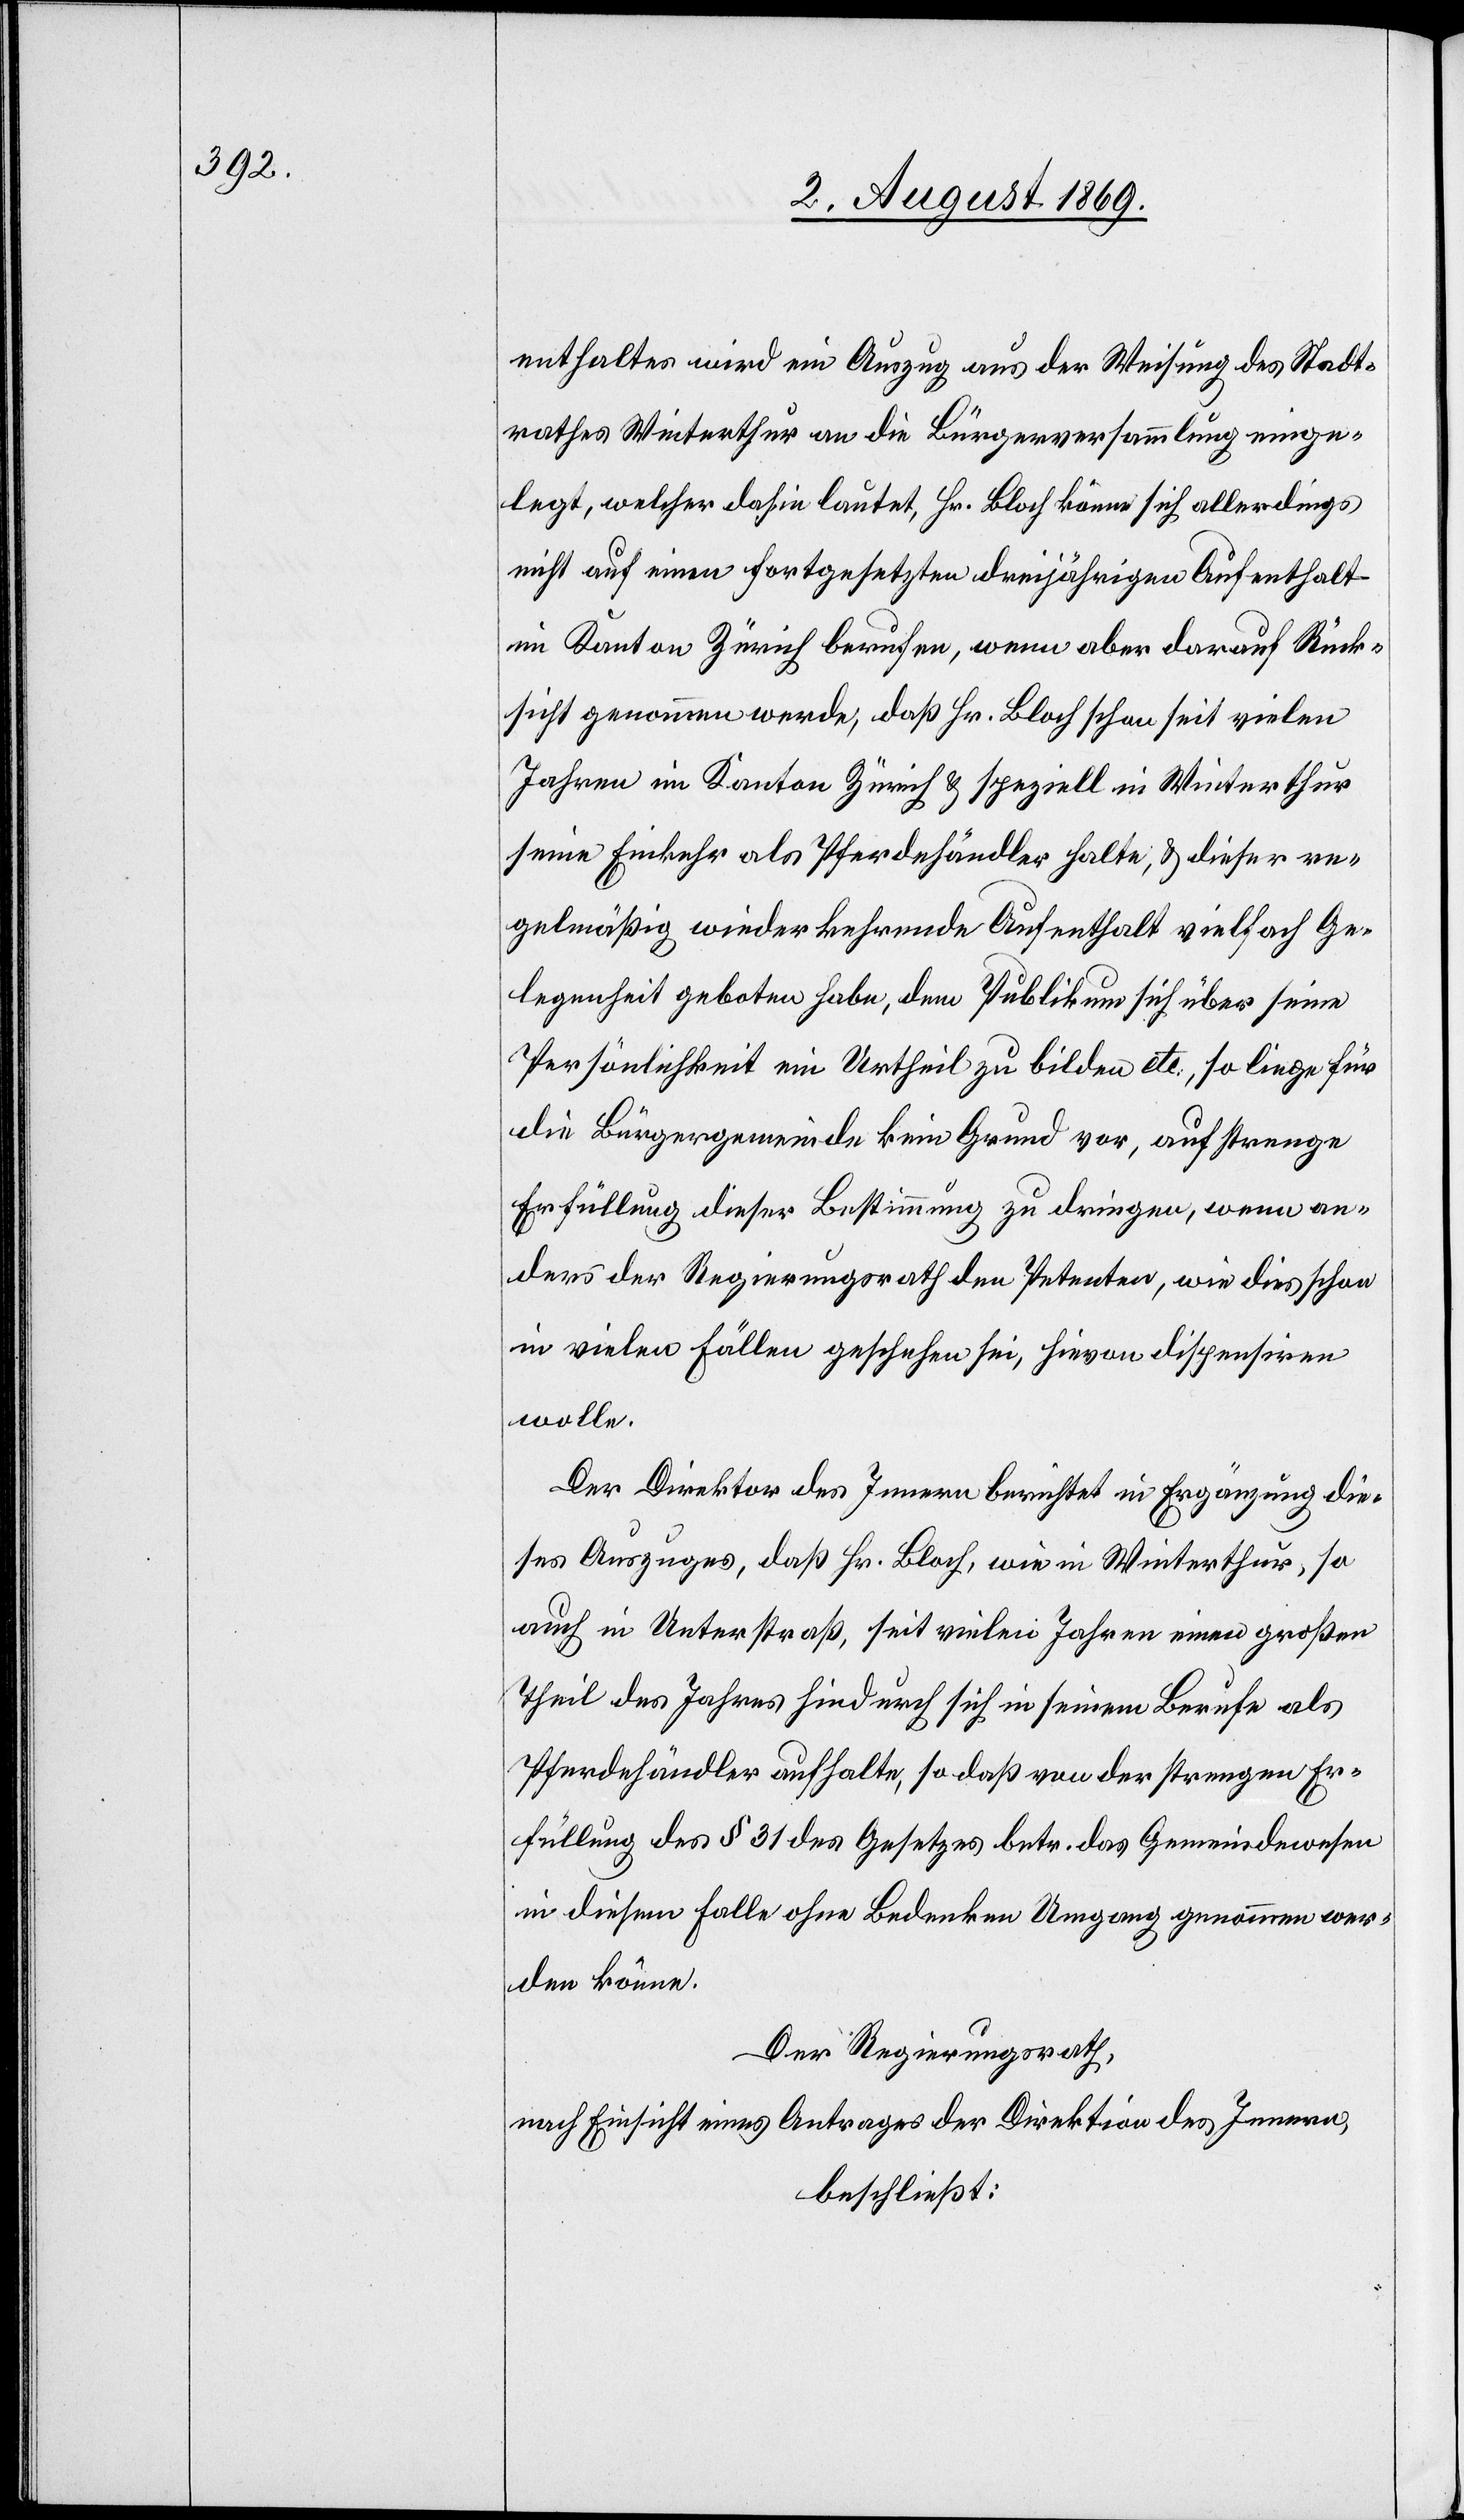
enthaltes wird ein Auszug aus der Weisung des Stadt¬
rathes Winterthur an die Bürgerversammlung einge¬
legt, welcher dahin lautet, Hr. Bloch könne sich allerdings
nicht auf einen fortgesetzten dreijährigen Aufenthalt
im Kanton Zürich berufen, wenn aber darauf Rück¬
sicht genommen werde, daß Hr. Bloch schon seit vielen
Jahren im Kanton Zürich & speziell in Winterthur
seine Einkehr als Pferdehändler halte, & dieser re¬
gelmäßig wiederkehrende Aufenthalt vielfach Ge¬
legenheit geboten habe, dem Publikum über seine
Persönlichkeit ein Urtheil zu bilden etc., so liege für
die Bürgergemeinde kein Grund vor, auf strenge
Erfüllung dieser Bestimmung zu dringen, wenn an¬
ders der Regierungsrath den Petenten, wie dies schon
in vielen Fällen geschehen sei, hievon dispensiren
wolle.
Der Direktor des Innern berichtet in Ergänzung die¬
ses Auszuges, daß Hr. Bloch, wie in Winterthur, so
auch in Unterstraß, seit vielen Jahren einen großen
Theil des Jahres hindurch sich in seinem Berufe als
Pferdehändler aufhalte, so daß von der strengen Er¬
füllung des § 31 des Gesetzes betr. das Gemeindewesen
in diesem Falle ohne Bedenken Umgang genommen wer¬
den könne.
Der Regierungsrath,
nach Einsicht eines Antrages der Direktion des Innern,
beschließt: